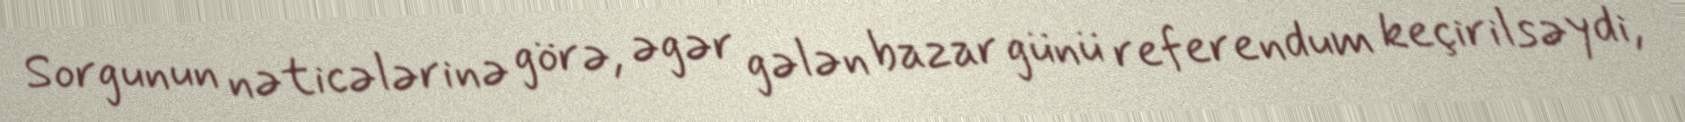
Sorgunun nəticələrinə görə, əgər gələn bazar günü referendum keçirilsəydi,